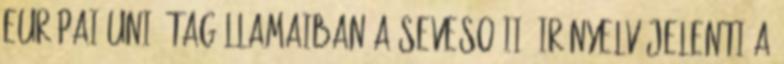
Európai Unió tagállamaiban a SEVESO II. irányelv jelenti a